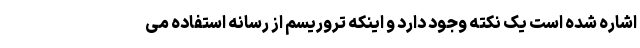
اشاره شده است یک نکته وجود دارد و اینکه تروریسم از رسانه استفاده می